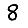
Digit: 8